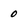
Character: 0